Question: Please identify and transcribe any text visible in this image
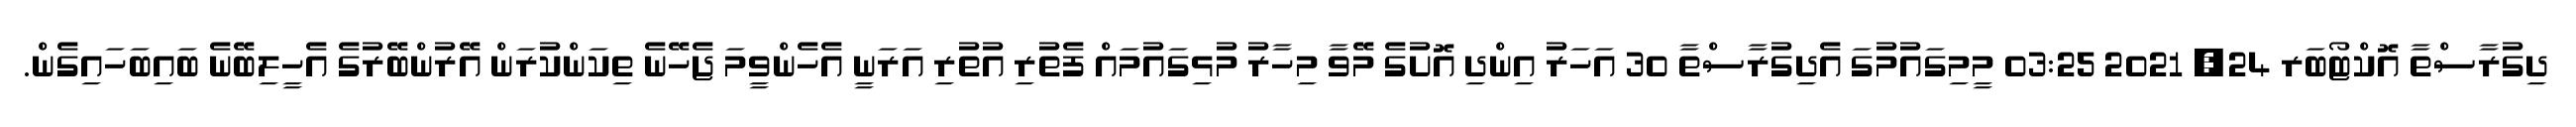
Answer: ދިގުރާސްތާ އޮކްޓޯބަރ 24, 2021 03:25 މީމިގައުމުގަ އެދިގުރާސްތާ 30 އަހަރު އިންދި އޮށުގެ މޭވާ މިހާރު މުޅިގައުމައް ފެތުރި އުތުރި އަރަނީ އެހެންވީމަ ޖެހޭނެ ތިކަންކުރަން އޭރުންބޭރުގެ އެހީލިބޭނެ ބައިބަހައިގެން.